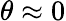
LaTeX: \theta\approx 0